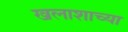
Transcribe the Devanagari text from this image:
खलाशाच्या